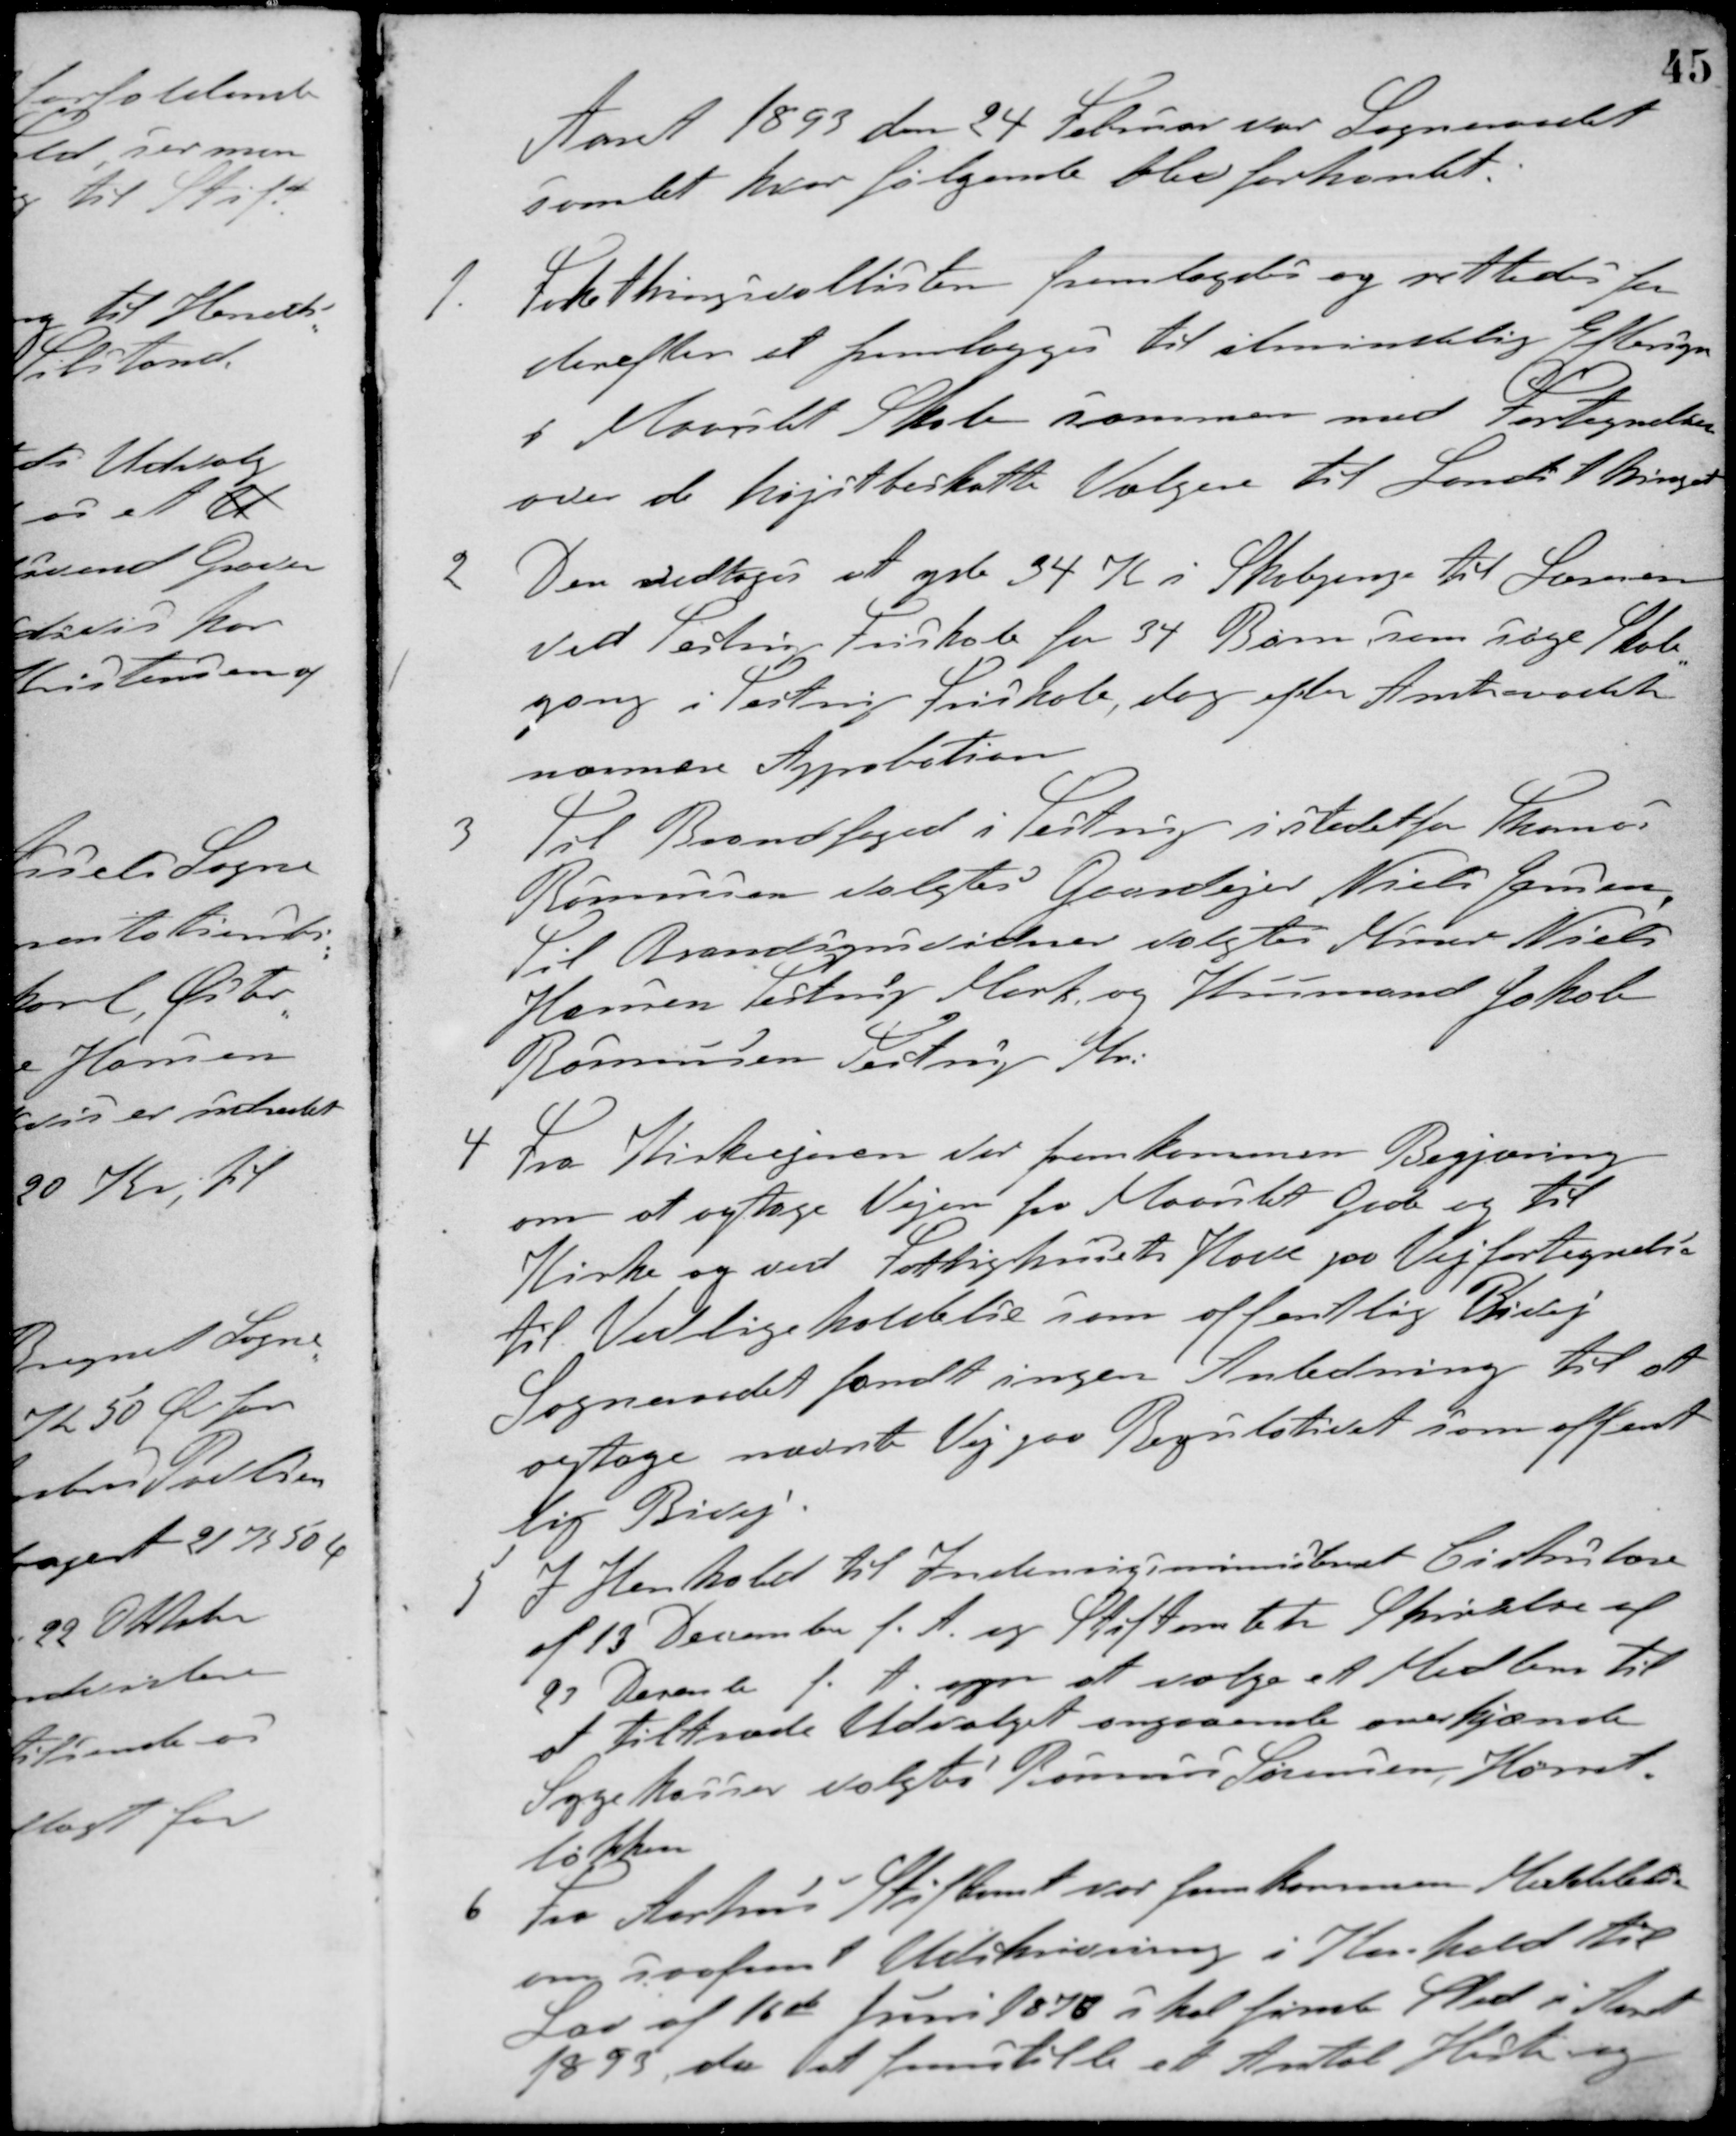
Transskription:
Aaret 1893 den 24 Februar var Sogneraadet
samlet, hvor følgende blev forhanlet.
1. Folkethingsvallisten fremlagdes og rettedes for
derefter at fremlægges til almindelig Eftersyn
i Maarslet Skole sammen med Fortegnelsen
over de højstbeskatte Vælgere til Landsthinget.
2 Der vedtoges at yde 34 K i Skolepenge til Læreren
ved Testrup Friskole for 34 Børn som søge Skole-
gang i Testrup Friskole, dog efter Amtsraadets
nærmere Approbation.
3 Til Brandfoged i Testrup i stedet for Thomas
Rasmussen valgtes Gaardejer Niels Jensen,
Til Brandsynsvidner valgtes Murer Niels
Hansen Testrup Mark, og Husmand Jakob
Rasmussen Testrup Mr.
4 Fra Kirkeejeren var fremkommen Begjæring
om at optage Vejen fra Maarslet Grd. og til
Kirke og ved Fattighusets Have paa Vejfortegnelse
til Vedligeholdelse som offentlig Bivej.
Sogneraadet fandt ingen Anledning til at
optage nævnte Vej paa Regulativet som offent-
lig Bivej.
5 I Henhold til Indenrigsministeriets Cirkulære
af 13 December f. A. og Stiftamtets Skrivelse af
23 December f. A. om at vælge et Medlem til
at tiltræde Udvalget angaaende anerkjænte
Sygekasser valgtes Rasmus Sørensen, Hørret-
løkken
6 Fra Aarhus Stiftamt var fremkommen Meddelelse
om saafremt Udskrivning i Henhold til
Lov af 16de Juni 1876 skal finde Sted i Aaret
1893, da at fremstille et Antal Heste og